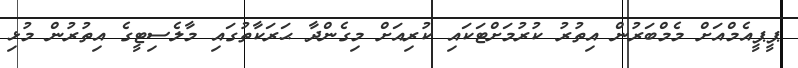
ޕީޕީއެމްއަށް މެމްބަރުން އިތުރު ކުރުމަށްޓަކައި ކުރިއަށް މިގެންދާ ޙަރަކާތުގައި މާލެސިޓީގެ އިތުރުން މުޅި